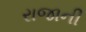
રાજાની